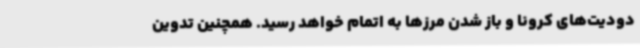
دودیت‌های کرونا و باز شدن مرزها به اتمام خواهد رسید. همچنین تدوین